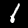
Label: 1